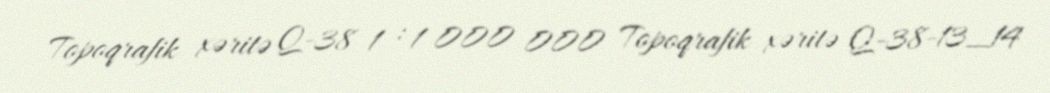
Topoqrafik xəritə Q-38 1 : 1 000 000 Topoqrafik xəritə Q-38-13_14